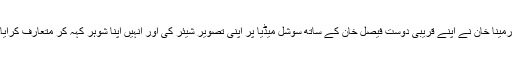
ارمینا خان نے اپنے قریبی دوست فیصل خان کے ساتھ سوشل میڈیا پر اپنی تصویر شیئر کی اور انہیں اپنا شوہر کہہ کر متعارف کرایا۔